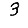
Digit: 3